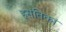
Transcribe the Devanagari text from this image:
हसंतिकां